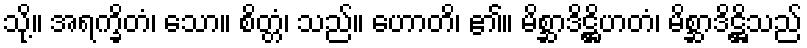
သို့။ အရက္ခိတံ၊ သော။ စိတ္တံ၊ သည်။ ဟောတိ၊ ၏။ မိစ္ဆာဒိဋ္ဌိဟတံ၊ မိစ္ဆာဒိဋ္ဌိသည်